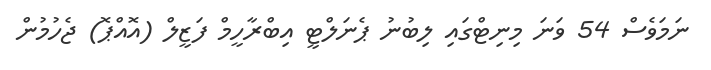
ނަމަވެސް 54 ވަަނަ މިނިޓްގައި ލިބުނު ޕެނަލްޓީ އިބްރާހީމް ފަޒީލް (އޮއްޕޮ) ޖެހުމުން